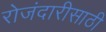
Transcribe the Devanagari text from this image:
रोजंदारीसाठी